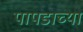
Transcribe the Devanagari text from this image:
पापडाच्या